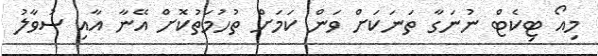
މިއޯ ޓިކެޓް ނުނަގާ ތަނަކަށް ވަން ކަމަށް ތުހުމަތުކޮށް އޭނާ އާއި ސުވާލު